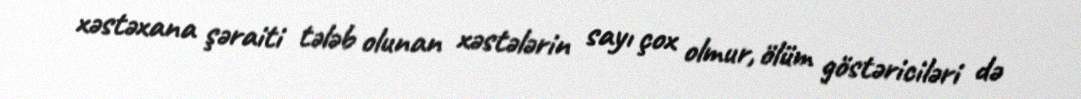
xəstəxana şəraiti tələb olunan xəstələrin sayı çox olmur, ölüm göstəriciləri də